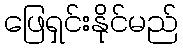
ဖြေရှင်းနိုင်မည်